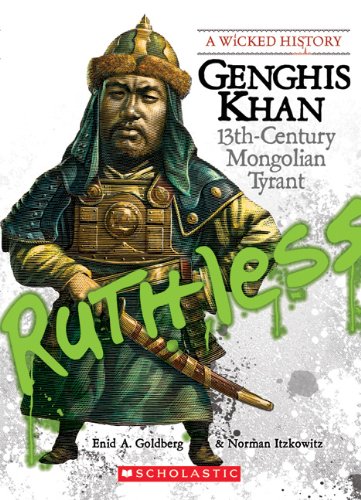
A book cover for Genghis Khan: 13th-Century Mongolian Tyrant (Wicked History); Enid A. Goldberg; Teen & Young Adult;